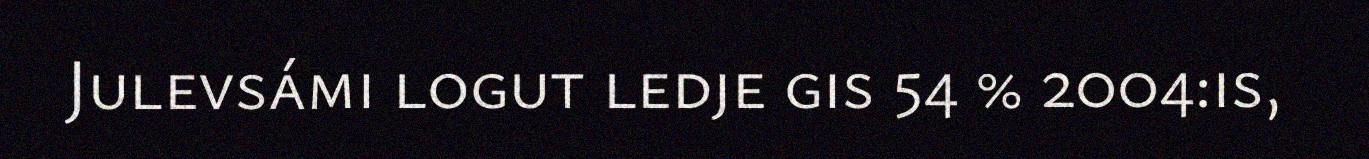
Julevsámi logut ledje gis 54 % 2004:is,